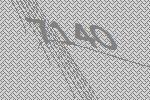
7140